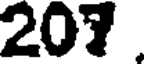
207